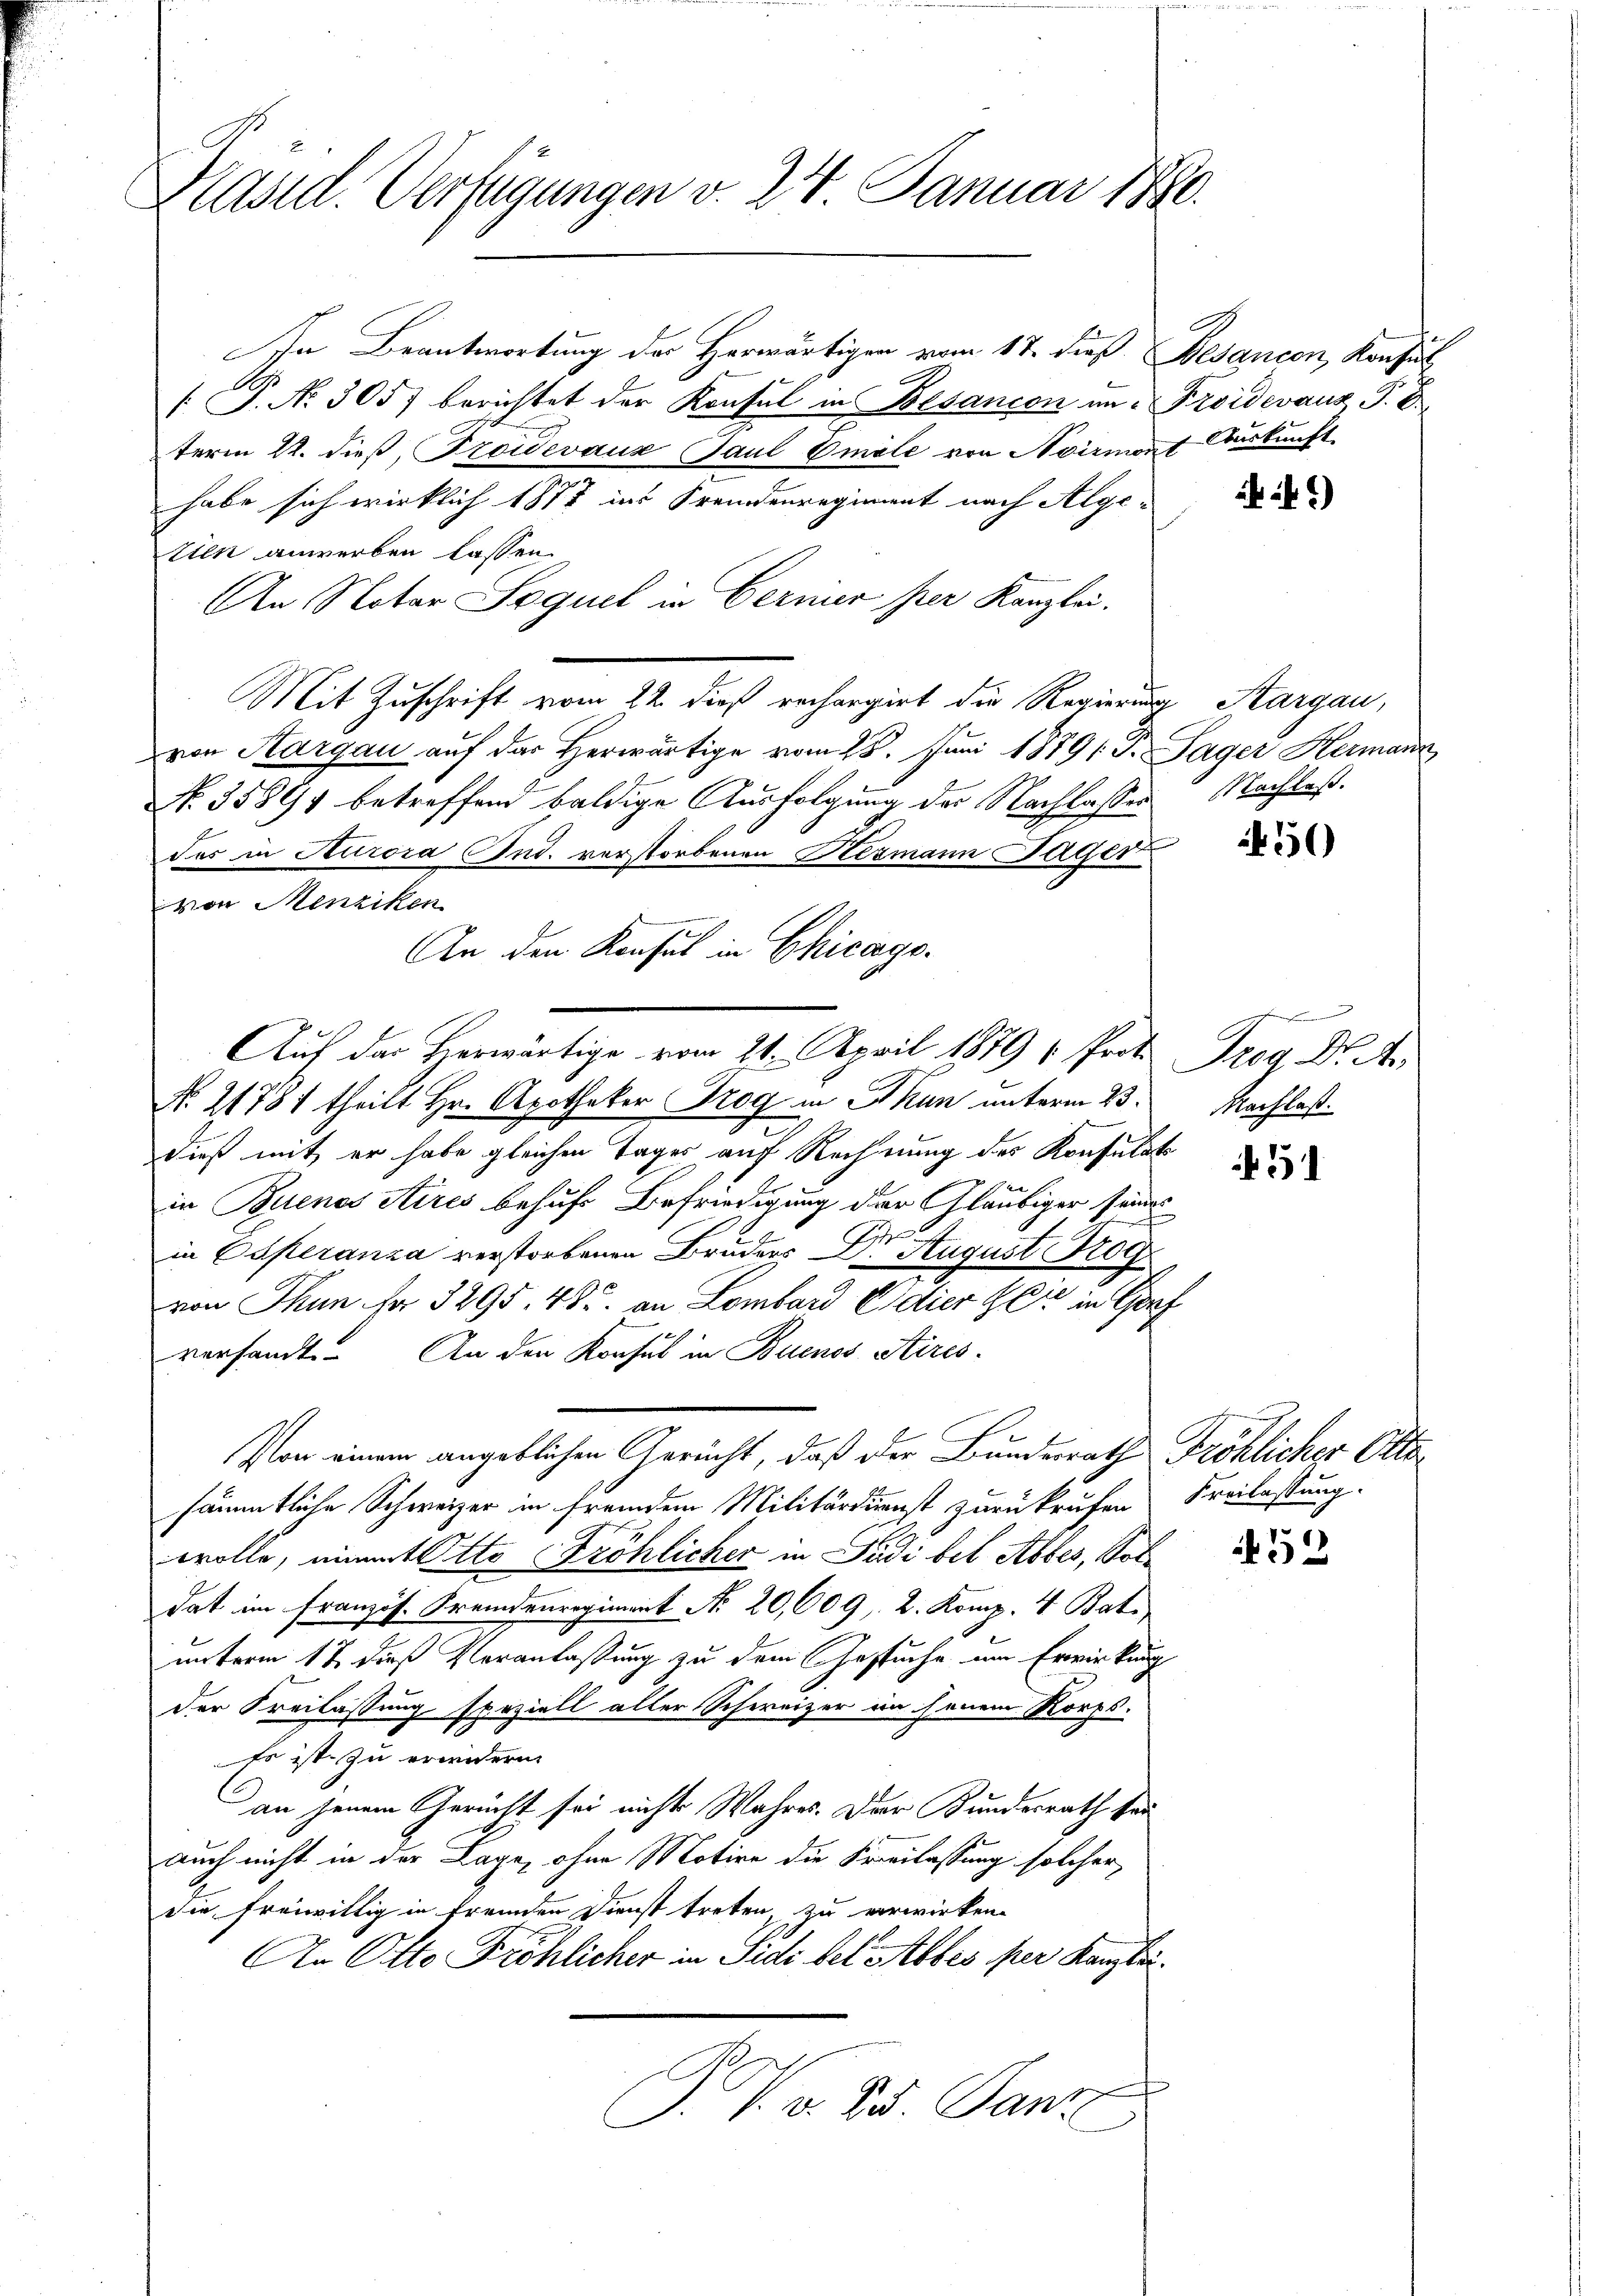
Käsid. Verfügungen v. 24 Januar 1880.

In Beantwortung der Herwärtigen vom 17. dieß Besancen, Konsul
 P. Nr. 305) berichtet der Konsul in Besancen am Froidevanz P. B
term 22. dieß, Troidevanz Paul 6 mile von Noirmont Auskunft
habe sich wirklich 1877 ins Fremdenregiment nach Algetien anwerben lassen.
An Notar Sequel in Cernier per Kanzlei.
Mit Zuschrift vom 22. dieß rechargirt die Regierung Aargau,
von Sargau auf das Herwärtige vom 28. Juni 1879 Fr. Sager Hermann
No. 35891 betreffend baldige Ausfolgung der Nachlassen Nachles.
des in Kurora Cud. vorstorbenen Hermann Tages
von Menziken
An den Konsul in Chicago-
No 11781 theilt Hr. Apotheker Trog in Thun unterm 23.
dieß mit er habe gleichen Tages auf Rechnung des Konsulats

in Buenos Aires behufs Befriedigung der Gläubiger seines
in Esperanza verstorbenen Bruders Dr. August Trog
von Thun fr. 3295. 485. an Lombard Cidier Herr in Gorf
versandt. An den Konsul in Buenos Aires-
Von einem angeblichen Gericht, daß der Bundesrath Fröhlicher Otte
sämmtliche Schweizer in fremdem Militärdienst zurükrufen Freilassung.
wolle, nimmt Otto Fröhlicher in Judi bis Abbes, Soldat im Französ. Fremdenregiment No. 20,009. 2. Komp. 4 Bati
unterm 12. dieß Veranlaßung zu dem Gesuche um Erwirkung
der Freilassung speziell aller Schweizer in jenem Korps.
Es ist zu erwidern
an jenem Gericht sei nichts Wahres. Der Kundesrath hau
auch nicht in der Lage, ohne Motive die Freilassung solcher
die freiwillig in fremden Dienst treten, zu verwirken.
An Otto Pröhlicher in Sidi del Abbes per Kanzlei.
J. V. v. St. Ganz

Auf der Heerwärtige vom 21. April 1879 " Prof. Trog Dr. A

4)

450

Beru
Nachlaß.

451

452